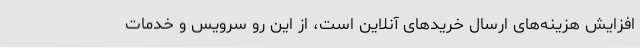
افزایش هزینه‌های ارسال خریدهای آنلاین است، از این رو سرویس و خدمات